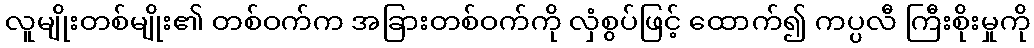
လူမျိုးတစ်မျိုး၏ တစ်ဝက်က အခြားတစ်ဝက်ကို လှံစွပ်ဖြင့် ထောက်၍ ကပ္ပလီ ကြီးစိုးမှုကို